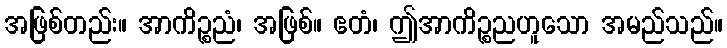
အဖြစ်တည်း။ အာကိဉ္စညံ၊ အဖြစ်။ ဧတံ၊ ဤအာကိဉ္စညဟူသော အမည်သည်။